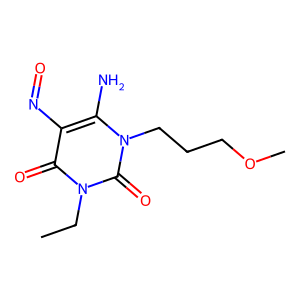
SMILES: CCn1c(=O)c(N=O)c(N)n(CCCOC)c1=O
Inhibits HIV replication: No